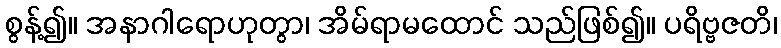
စွန့်၍။ အနာဂါရောဟုတွာ၊ အိမ်ရာမထောင် သည်ဖြစ်၍။ ပရိဗ္ဗဇတိ၊